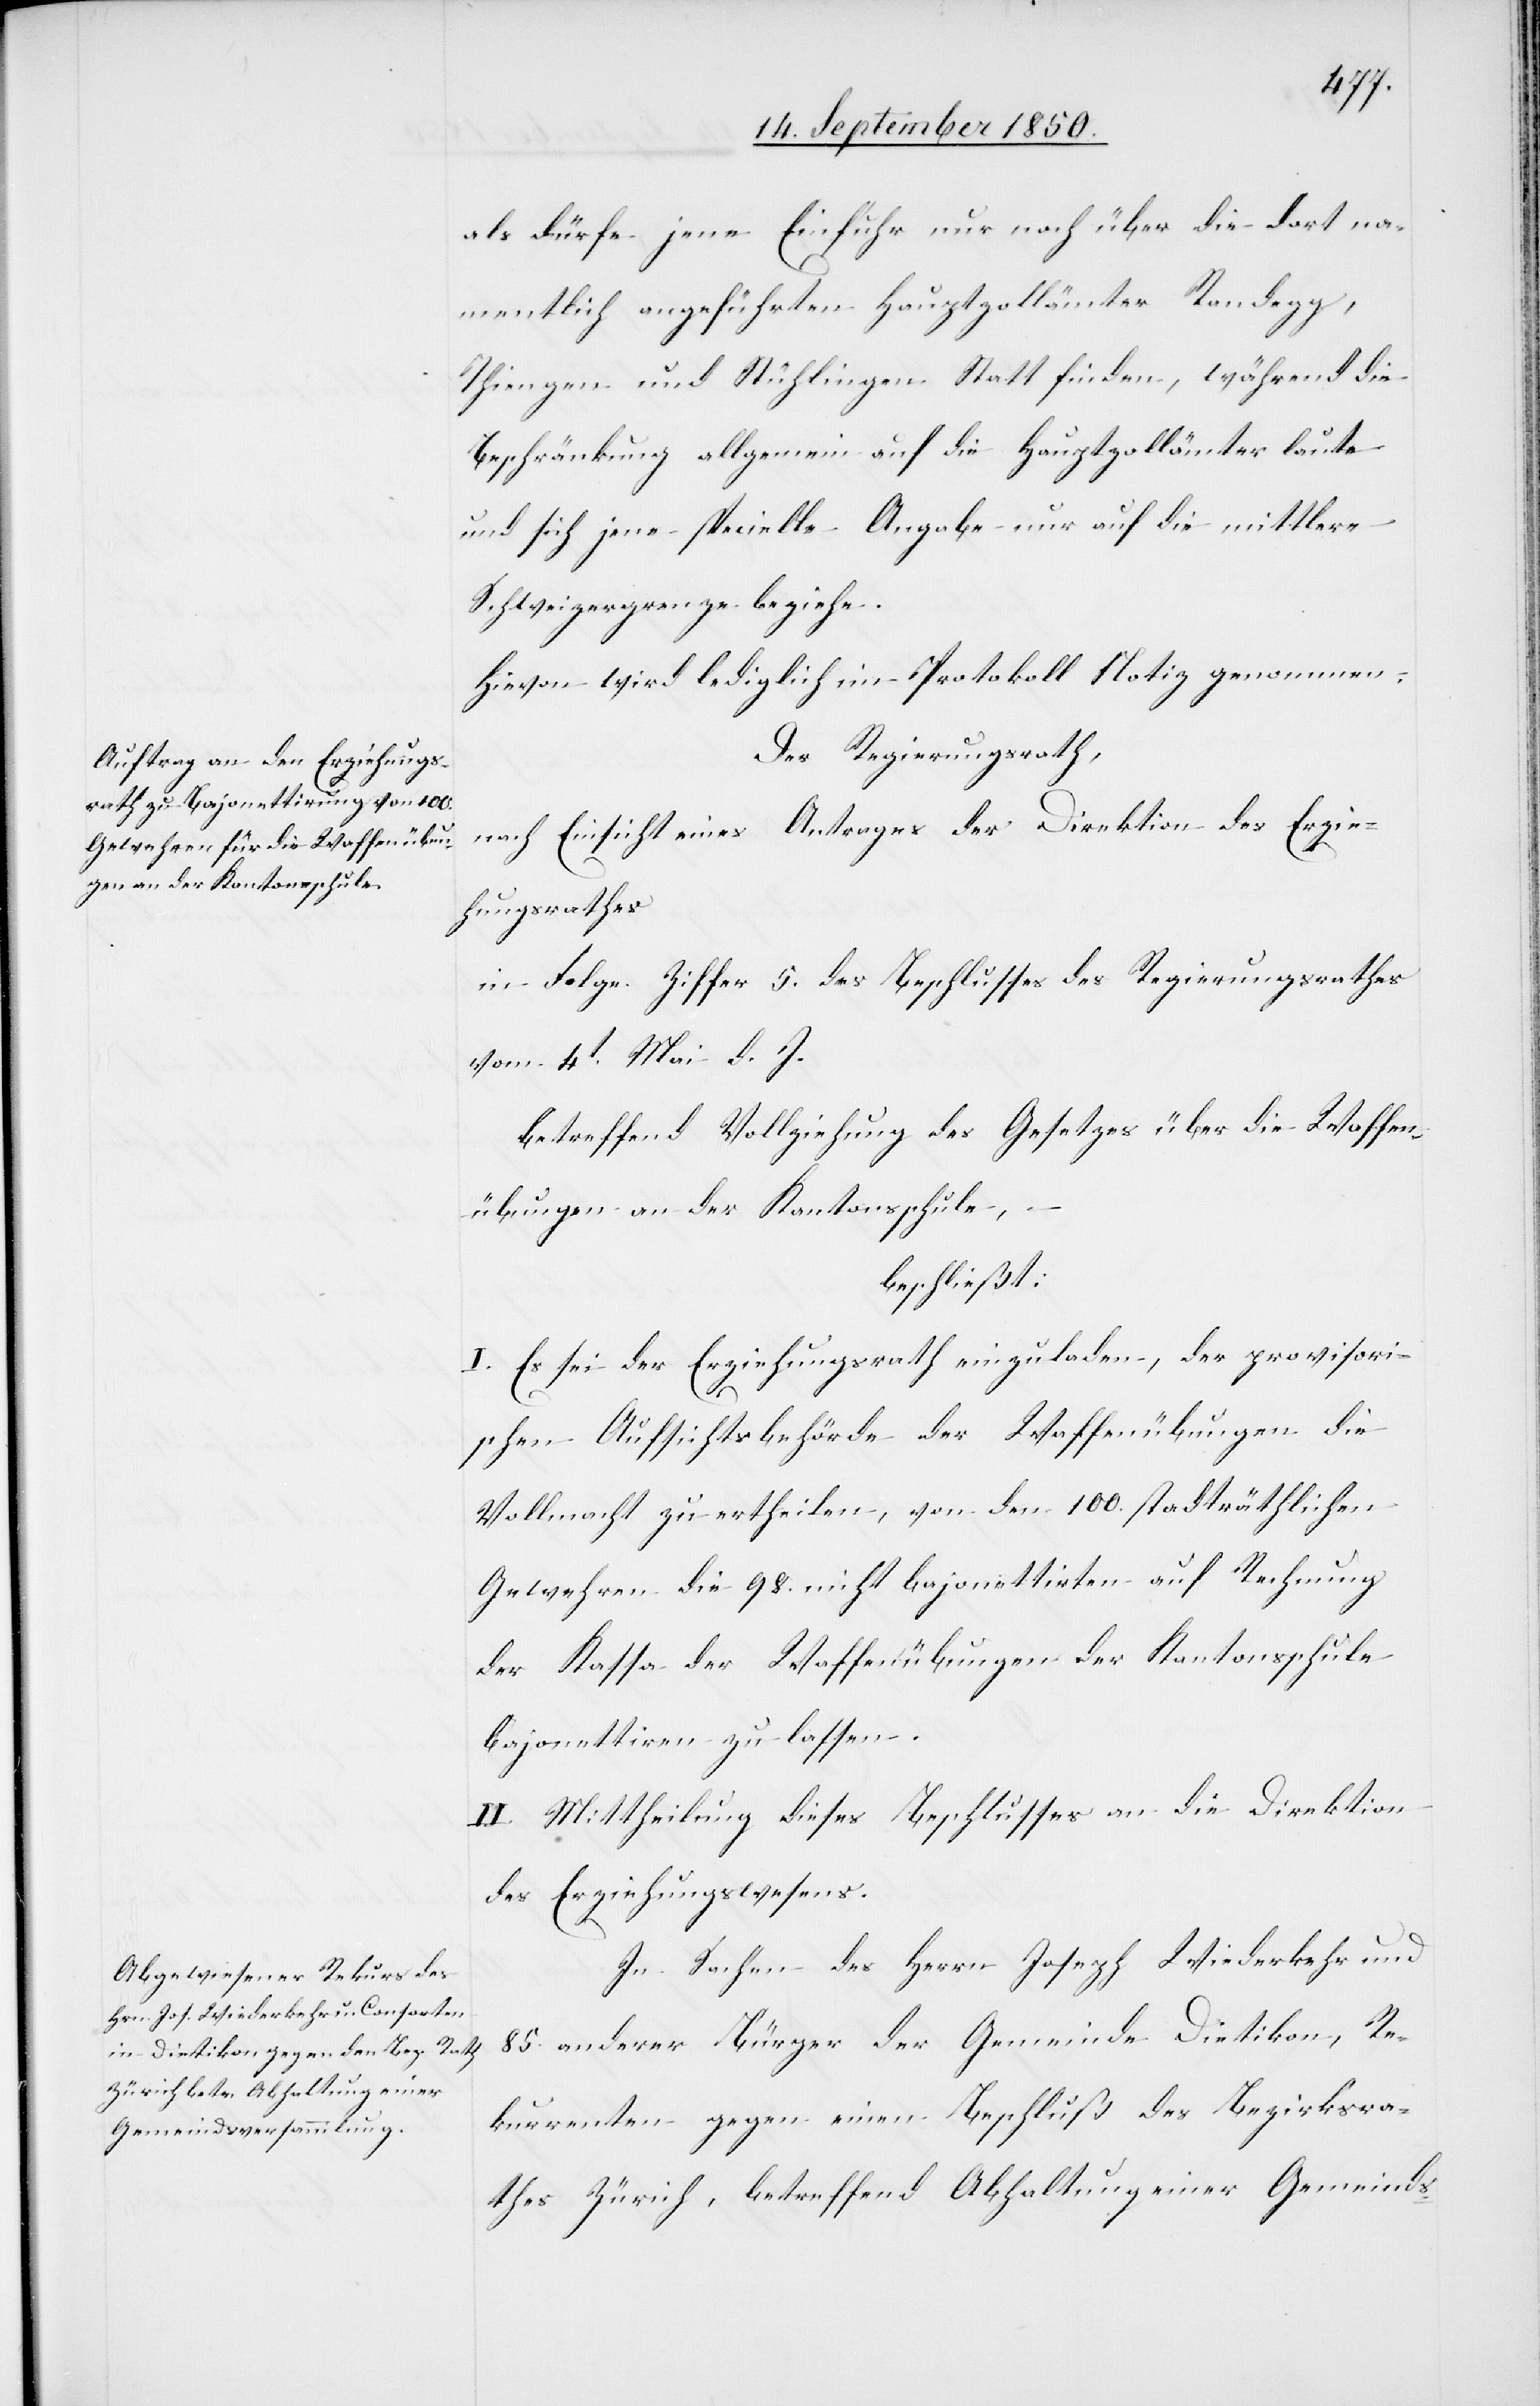
als dürfe jene Einfuhr nur noch über die dort na¬
mentlich angeführten Hauptzollämter Randegg,
Thiengen und Stühlingen Statt finden, während die
Beschränkung allgemein auf die Hauptzollämter laute
und sich jene specielle Angabe nur auf die mittlere
Schweizergrenze beziehe.
Hievon wird lediglich im Protokoll Notiz genommen.
Der Regierungsrath,
nach Einsicht eines Antrages der Direktion des Erzie¬
hungsrathes
in Folge Ziffer 5. des Beschlusses des Regierungsrathes
vom 4t Mai d. J.
betreffend Vollziehung des Gesetzes über die Waffen¬
übungen an der Kantonsschule,
beschließt:
I. Es sei der Erziehungsrath einzuladen, der provisori¬
schen Aufsichtsbehörde der Waffenübungen die
Vollmacht zu ertheilen, von den 100. stadträthlichen
Gewehren die 98. nicht bajonettirten auf Rechnung
der Kassa der Waffenübungen der Kantonsschule
bajonettiren zu lassen.
II. Mittheilung dieses Beschlusses an die Direktion
des Erziehungswesens.
In Sachen des Herrn Joseph Wiederkehr und
85. anderer Bürger der Gemeinde Dietikon, Re¬
kurrenten gegen einen Beschluß des Bezirksra¬
thes Zürich, betreffend Abhaltung einer Gemeinds-